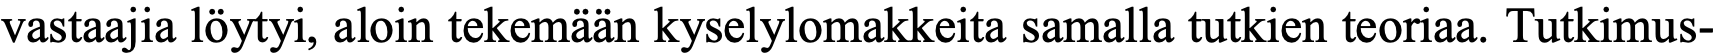
vastaajia löytyi, aloin tekemään kyselylomakkeita samalla tutkien teoriaa. Tutkimus-